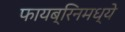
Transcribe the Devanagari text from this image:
फायब्रिनमध्ये